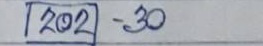
202 - 30